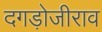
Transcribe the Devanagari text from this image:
दगड़ोजीराव